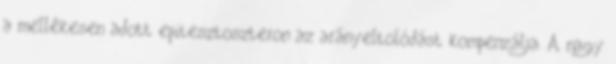
a mellékesen adott epitesztoszteron az arányeltolódást kompenzálja. A nagy